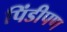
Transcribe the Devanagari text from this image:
पिंडीपण